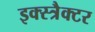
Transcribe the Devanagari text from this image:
इक्स्त्रैक्टर